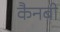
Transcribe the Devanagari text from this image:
कैनबी